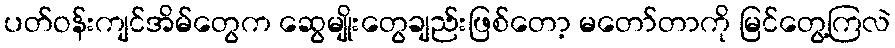
ပတ်ဝန်းကျင်အိမ်တွေက ဆွေမျိုးတွေချည်းဖြစ်တော့ မတော်တာကို မြင်တွေ့ကြလဲ